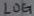
Text: LOG